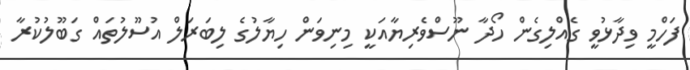
ފަހްމީ ވިދާޅުވީ ގެއްލިގެން ހޯދާ ނޫސްވެރިޔާއަކީ މިނިވަން ހިޔާލުގެ ލިބަރަލް އުސޫލުތައް ގަބޫލުކުރާ